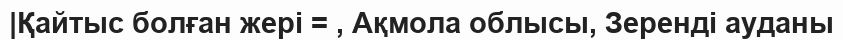
|Қайтыс болған жері = , Ақмола облысы, Зеренді ауданы